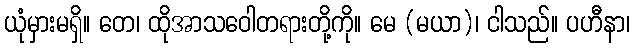
ယုံမှားမရှိ။ တေ၊ ထိုအာသဝေါတရားတို့ကို။ မေ (မယာ)၊ ငါသည်။ ပဟီနာ၊